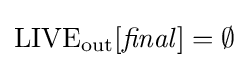
{\mbox{LIVE}}_{\mathrm {out} }[{\mathit {final}}]={\emptyset }